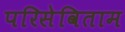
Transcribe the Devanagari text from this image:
परिसेविताम